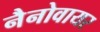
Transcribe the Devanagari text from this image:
नैनोवायर